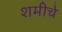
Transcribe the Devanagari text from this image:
शमीचे